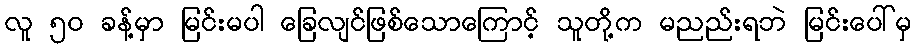
လူ ၅၀ ခန့်မှာ မြင်းမပါ ခြေလျင်ဖြစ်သောကြောင့် သူတို့က မညည်းရဘဲ မြင်းပေါ်မှ